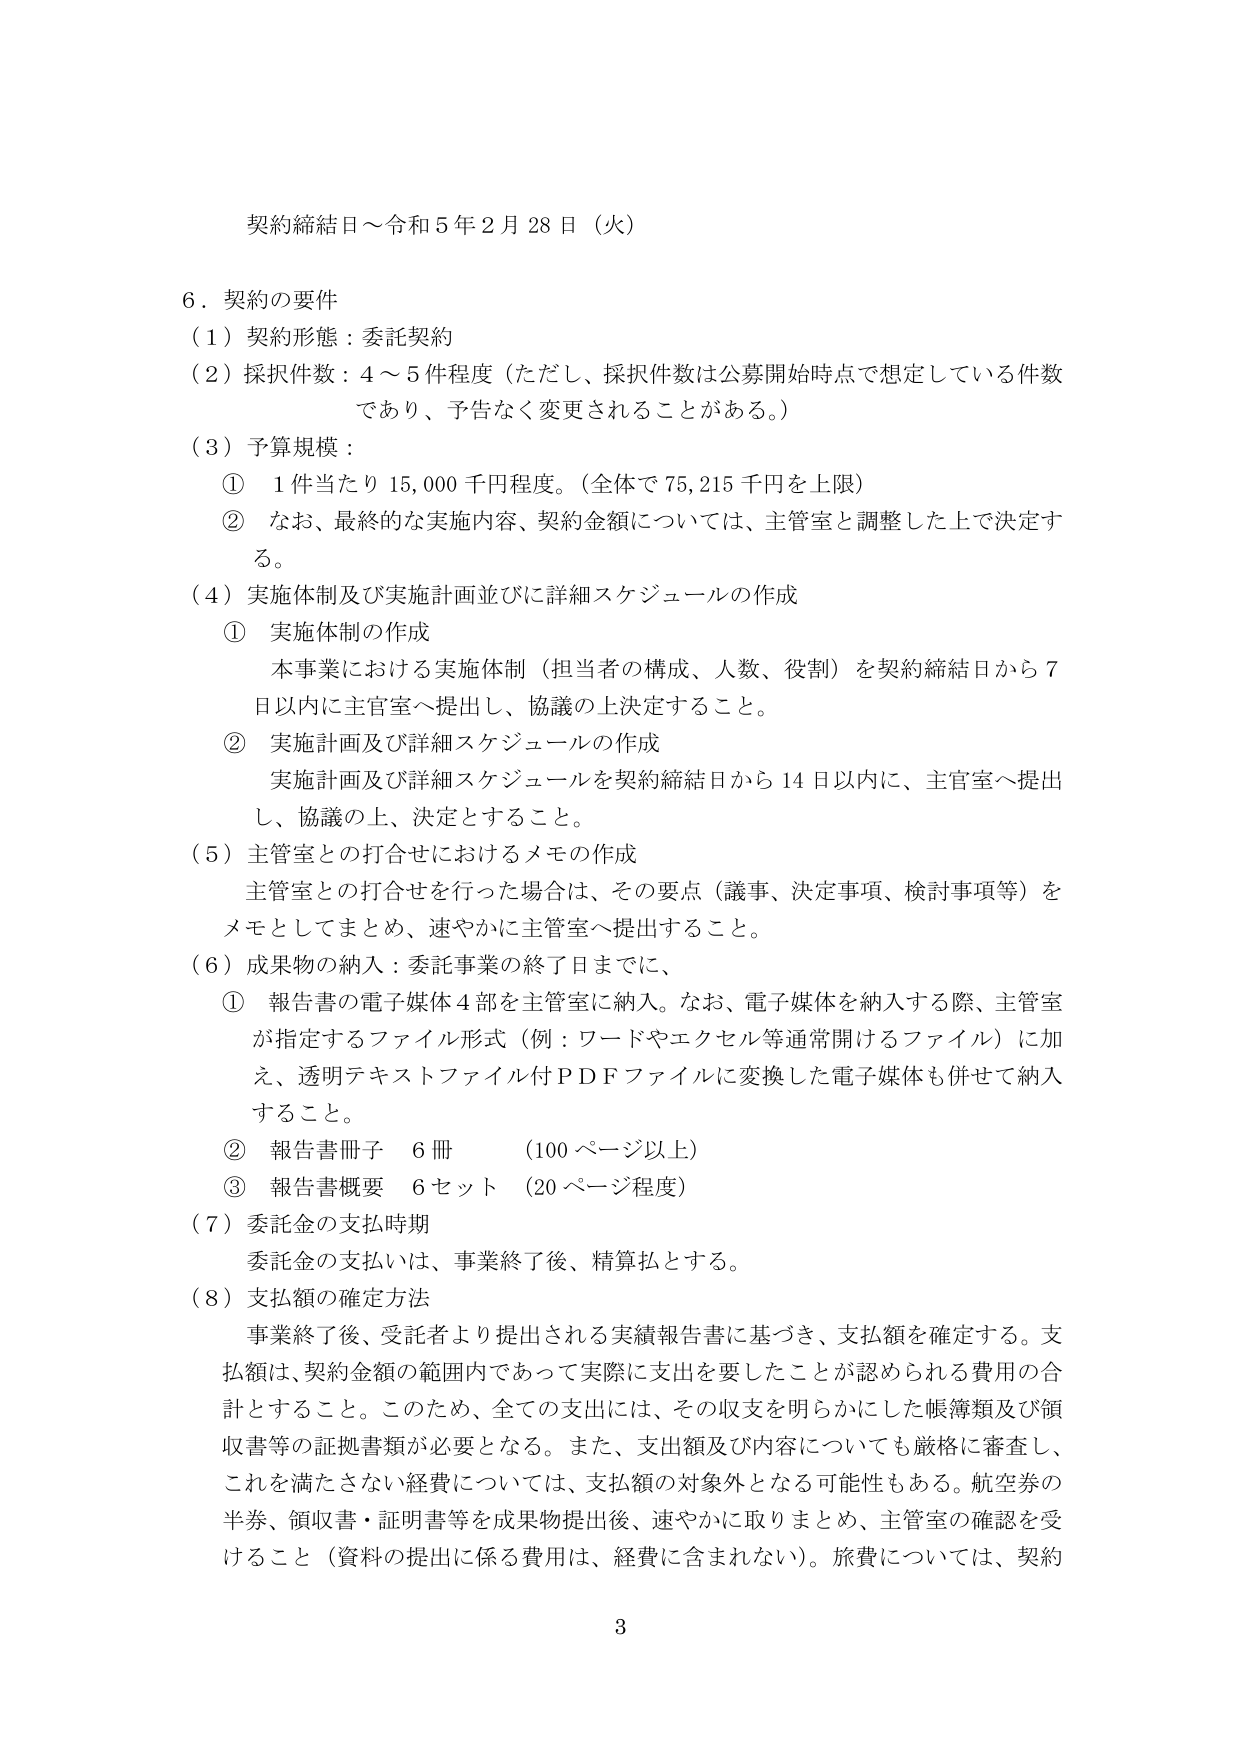
契約締結日～令和５年２月28日（火）

６．契約の要件
（１）契約形態：委託契約
（２）採択件数：４～５件程度（ただし、採択件数は公募開始時点で想定している件数
であり、予告なく変更されることがある。）
（３）予算規模：
　① １件当たり15,000千円程度。（全体で75,215千円を上限）
　② なお、最終的な実施内容、契約金額については、主管室と調整した上で決定す
　　る。
（４）実施体制及び実施計画並びに詳細スケジュールの作成
　① 実施体制の作成
　　本事業における実施体制（担当者の構成、人数、役割）を契約締結日から７
　　日以内に主管室へ提出し、協議の上決定すること。
　② 実施計画及び詳細スケジュールの作成
　　実施計画及び詳細スケジュールを契約締結日から14日以内に、主管室へ提出
　　し、協議の上、決定とすること。
（５）主管室との打合せにおけるメモの作成
　主管室との打合せを行った場合は、その要点（議事、決定事項、検討事項等）を
　メモとしてまとめ、速やかに主管室へ提出すること。
（６）成果物の納入：委託事業の終了日までに、
　① 報告書の電子媒体４部を主管室に納入。なお、電子媒体を納入する際、主管室
　　が指定するファイル形式（例：ワードやエクセル等通常開けるファイル）に加
　　え、透明テキストファイル付ＰＤＦファイルに変換した電子媒体も併せて納入
　　すること。
　② 報告書冊子　６冊　（100ページ以上）
　③ 報告書概要　６セット　（20ページ程度）
（７）委託金の支払時期
　委託金の支払いは、事業終了後、精算払とする。
（８）支払額の確定方法
　事業終了後、受託者より提出される実績報告書に基づき、支払額を確定する。支
　払額は、契約金額の範囲内であって実際に支出を要したことが認められる費用の合
　計とすること。このため、全ての支出には、その収支を明らかにした帳簿類及び領
　収書等の証拠書類が必要となる。また、支出額及び内容についても厳格に審査し、
　これを満たさない経費については、支払額の対象外となる可能性もある。航空券の
　半券、領収書・証明書等を成果物提出後、速やかに取りまとめ、主管室の確認を受
　けること（資料の提出に係る費用は、経費に含まれない）。旅費については、契約

3